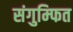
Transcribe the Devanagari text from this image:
संगुम्फित